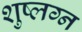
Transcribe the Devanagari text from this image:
शुष्लग्न